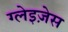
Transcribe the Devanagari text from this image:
ग्लेइज़ेस